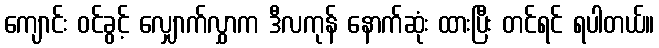
ကျောင်း ဝင်ခွင့် လျှောက်လွှာက ဒီလကုန် နောက်ဆုံး ထားပြီး တင်ရင် ရပါတယ်။